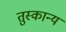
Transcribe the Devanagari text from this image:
तुस्कान्य